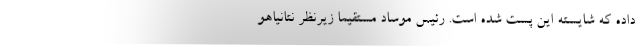
داده که شایسته این پست شده است. رئیس موساد مستقیما زیرنظر نتانیاهو